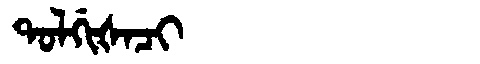
Manchu: ᡨᠣᠯᡤᡳᡧᠠᠴᡳ
Romanization: TOLGIŠACI